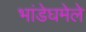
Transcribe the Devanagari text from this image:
भांडेघमेले